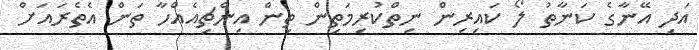
އަދި އޭނާގެ ކަނާތު ލޯ ކައިރިން ނިތްކުރިމަތިން ތިން އިންޗިއެއްހާ ތަން އެތެރައަށް